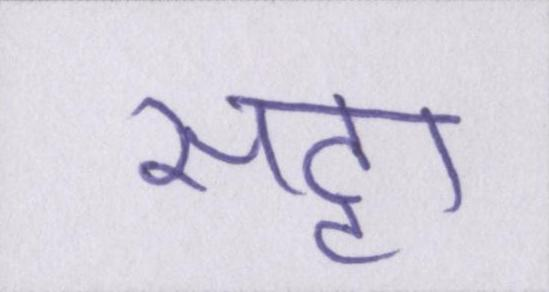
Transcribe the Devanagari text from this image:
सट्टा